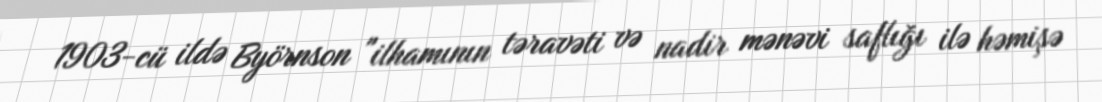
1903-cü ildə Byörnson "ilhamının təravəti və nadir mənəvi saflığı ilə həmişə